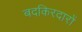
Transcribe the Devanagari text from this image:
बदकिरदारों